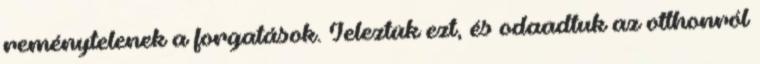
reménytelenek a forgatások. Jeleztük ezt, és odaadtuk az otthonról